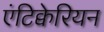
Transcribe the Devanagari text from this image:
एंटिक्वेरियन